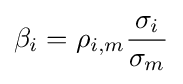
\beta _{i}=\rho _{i,m}{\frac {\sigma _{i}}{\sigma _{m}}}